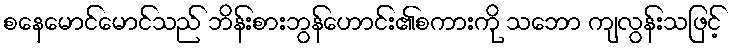
စနေမောင်မောင်သည် ဘိန်းစားဘွန်ဟောင်း၏စကားကို သဘော ကျလွန်းသဖြင့်